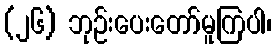
(၂၆) ဘုဉ်းပေးတော်မူကြပါ၊